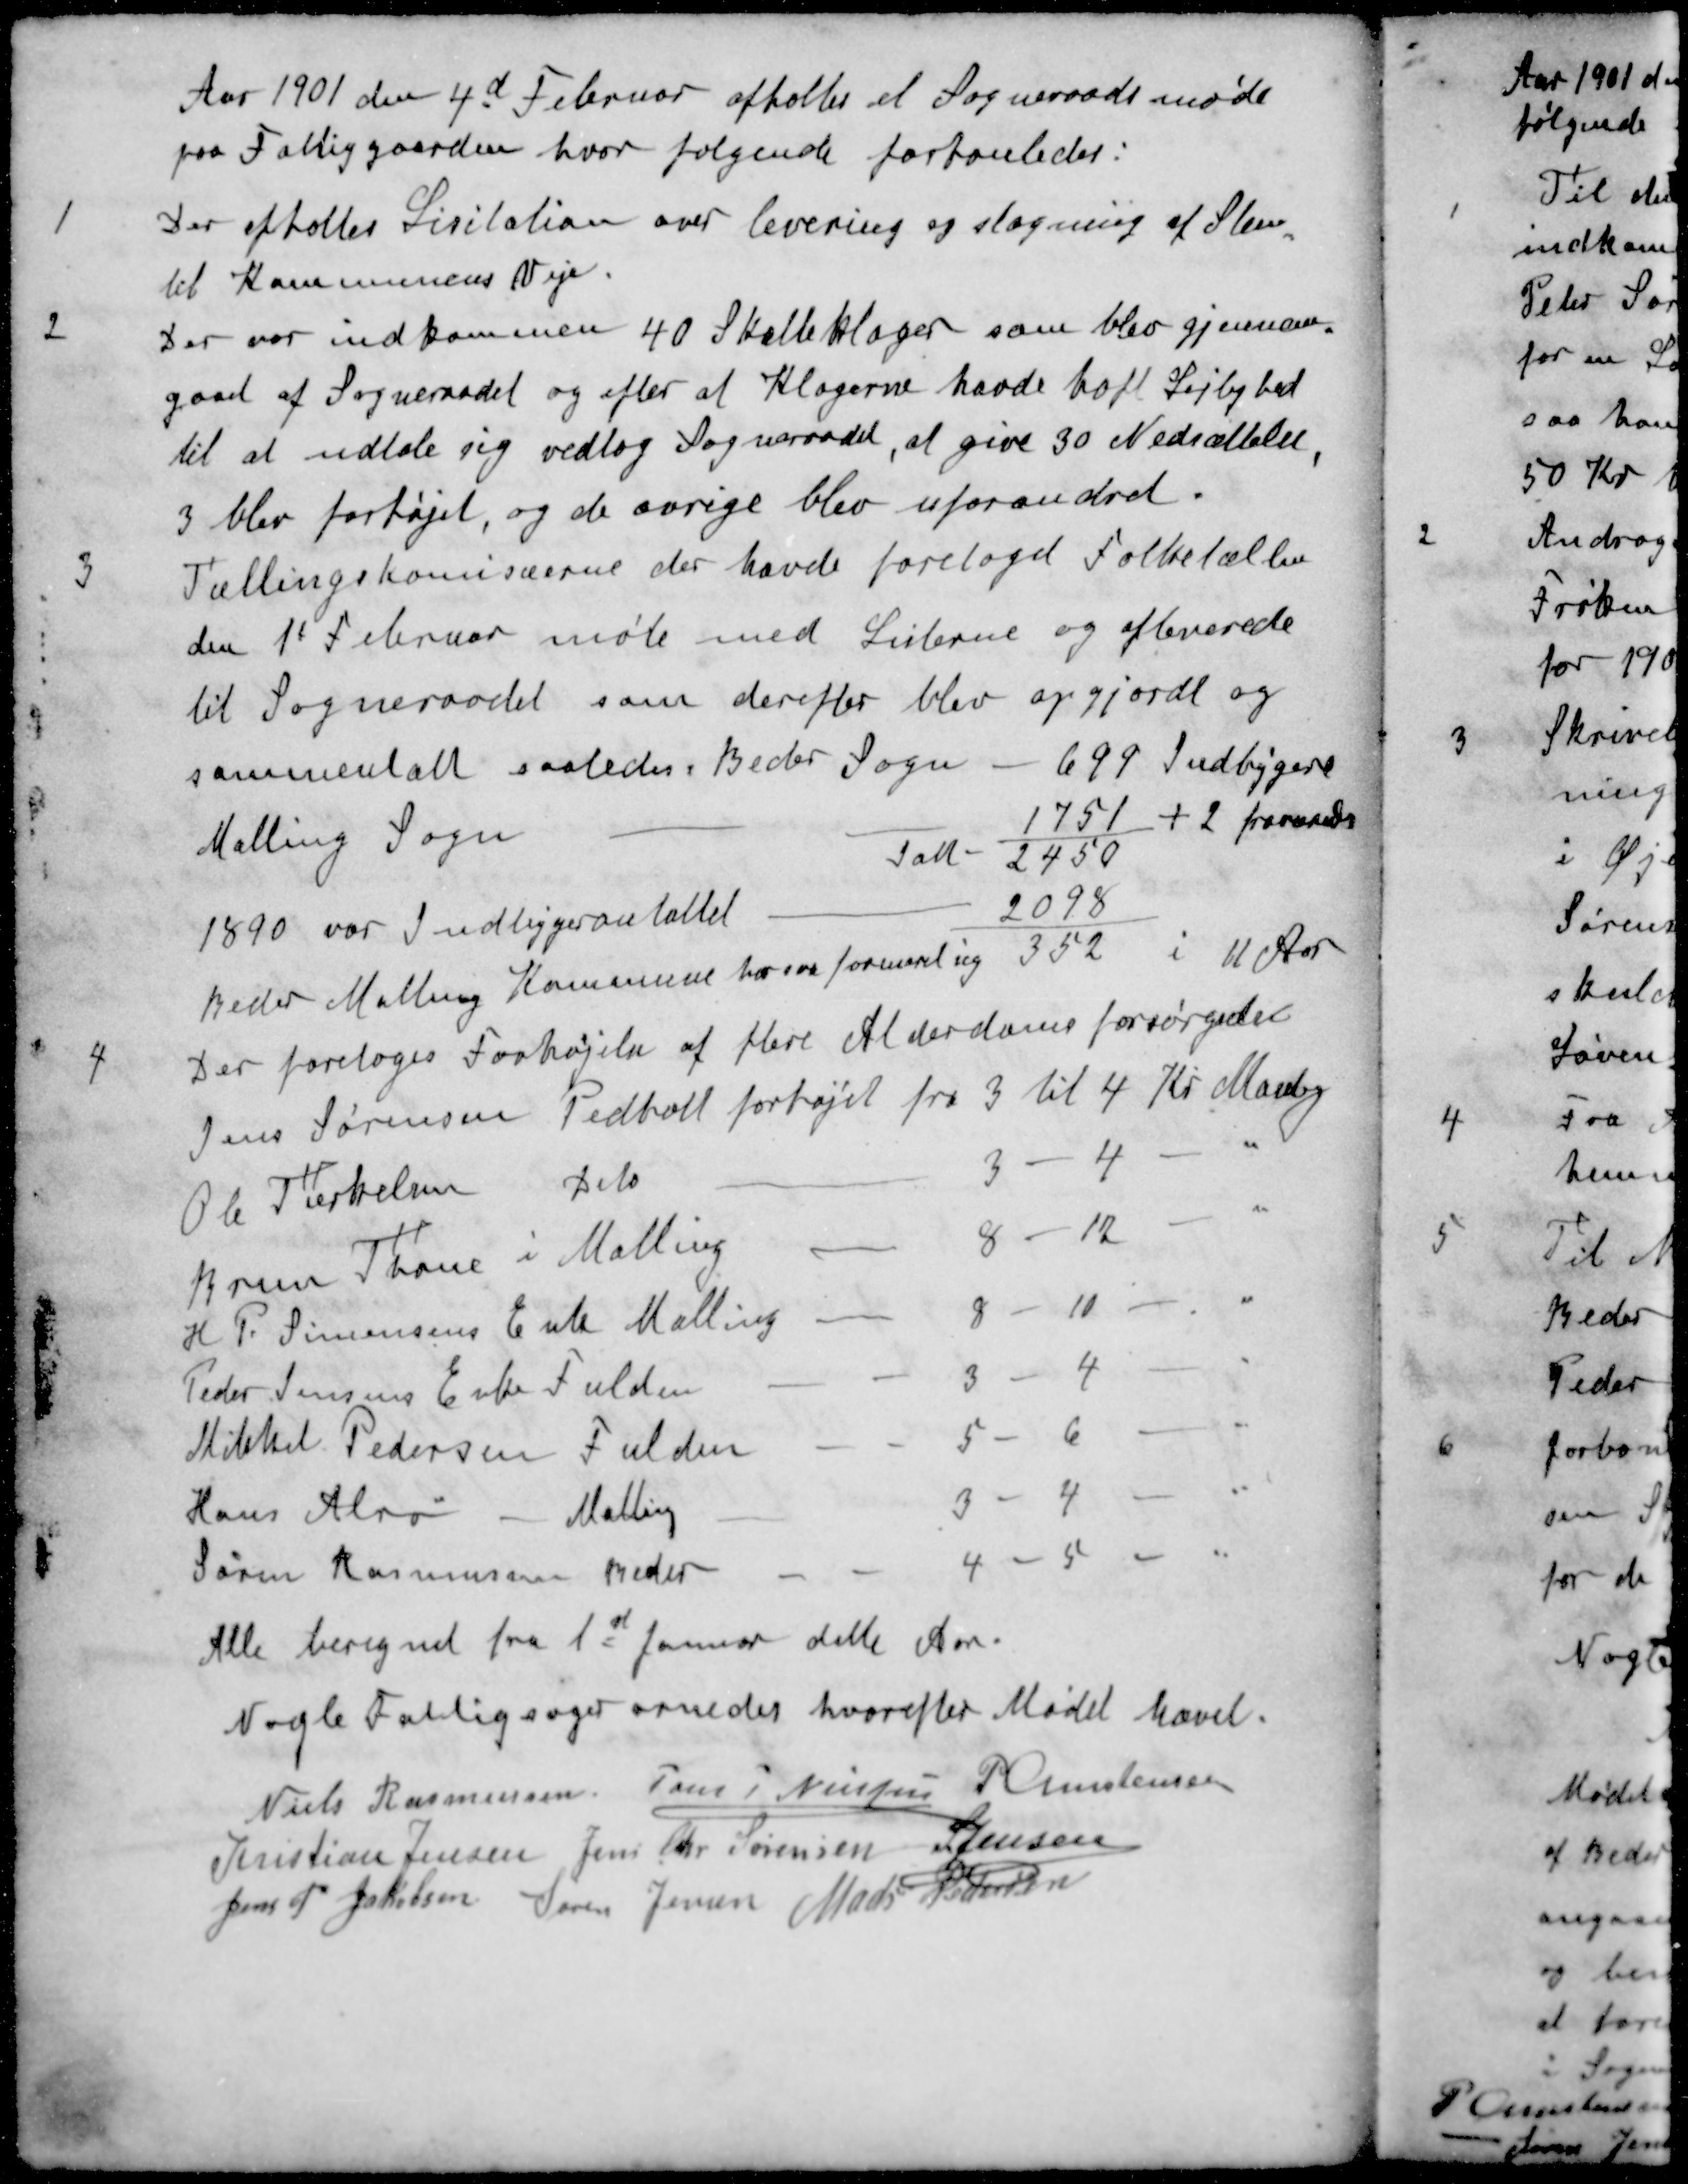
Transskription:
Aar 1901 den 4d Februar afholtes et Sogneraadsmøde
paa Fattiggaarden hvor følgende forhanledes:
1 Der afholtes Licitation over levering og slagning af Sten
til Kommunens Veje.
2 Der var indkommen 40 Skatteklager som blev gjennem
gaaet af Sogneraadet og efter at Klagerne havde haft Lejlighed
til at udtale sig vedtog Sogneraadet, at give 30 Nedsættelse,
3 blev forhøjet, og de øvrige blev uforandret.
3 Tællingskomisæerne der havde foretaget Folketællen
den 1t Februar møte med Listerne og afleverede
til Sogneraadet som derefter blev opgjordt og
sammentalt saaledes i Beder Sogn - 699 Indbygere
Malling Sogn 1751 + 2 fraværede
Ialt - 2450
1890 var Indbygeranstallet 2098
Beder Malling Kommune har saa formeret sig 352 i 11 Aar
4 Der foretoges Forhøjelse af flere Alderdomsforsørgedes
Jens Sørensen Pedholt forhøjet fra 3 til 4 Kr Maanlig
Ole Terkelsen dito
3 - 4 - "
Brun Thone i Malling
8 - 12 - "
H. P. Simonsens Enke Malling
8 - 10 - "
Peder Jensens Enke Fulden
3 - 4 - "
Mikkel Pedersen Fulden
5 - 6 - "
Hans Alrø - Malling
3 - 4 - "
Søren Rasmussen Beder
4 - 5 - "
Alle beregnet fra 1st Januar dette Aar.
Nogle Fattigsager ornedes hvorefter Mødet hævet.
Niels Rasmussen
Jens P Nielsen
P Christensen
Kristian Jensen
Jens Chr Sørensen
S Jensen
Jens P. Jakobsen
Søren Jensen
Mads Petersen